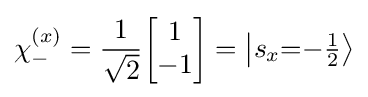
\chi _{-}^{(x)}={\frac {1}{\sqrt {2}}}{\begin{bmatrix}1\\-1\end{bmatrix}}=\left\vert {s_{x}{=}{-\textstyle {\frac {1}{2}}}}\right\rangle